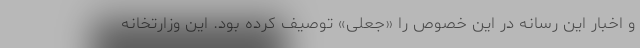
و اخبار این رسانه در این خصوص را «جعلی» توصیف کرده بود. این وزارتخانه